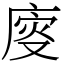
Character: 廀